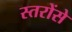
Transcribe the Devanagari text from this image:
स्तरोंसे